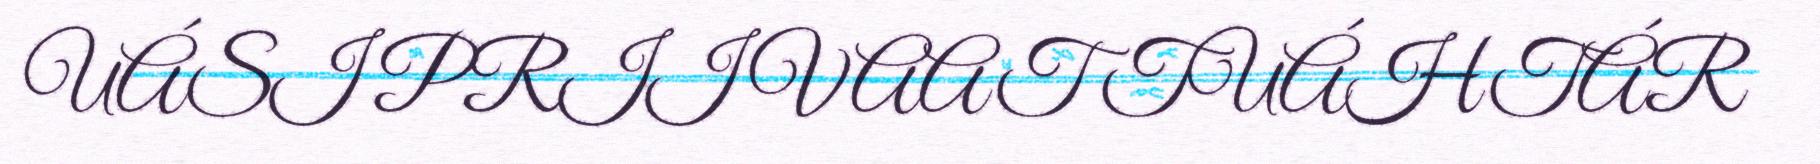
UÁSI PRIIVAAT TUÁHTÁR